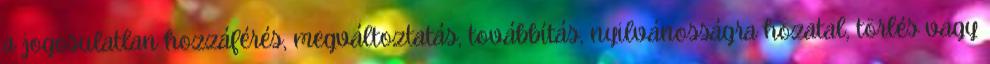
a jogosulatlan hozzáférés, megváltoztatás, továbbítás, nyilvánosságra hozatal, törlés vagy